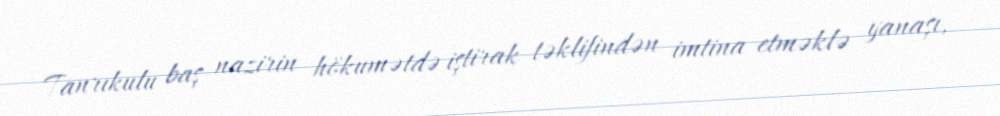
Tanrıkulu baş nazirin hökumətdə iştirak təklifindən imtina etməklə yanaşı,